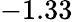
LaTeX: -1.33